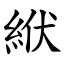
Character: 絥